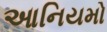
આનિયમો